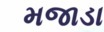
મજાડા